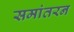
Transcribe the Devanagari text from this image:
समांतरन